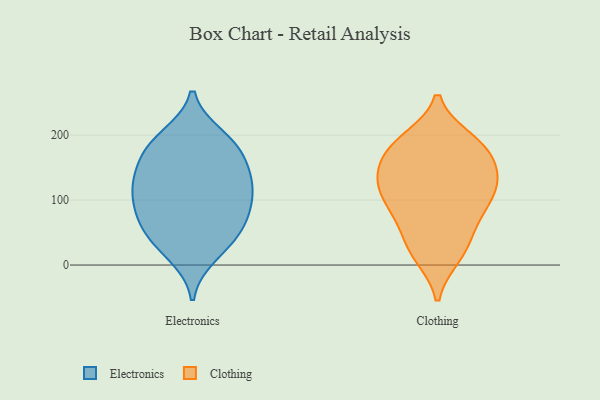
{"axis": {"x": "Page Views", "y": "Value"}, "legend": ["Clothing", "Electronics"], "data": [{"x": "", "y": 188, "type": "Electronics"}, {"x": "", "y": 115, "type": "Electronics"}, {"x": "", "y": 162, "type": "Electronics"}, {"x": "", "y": 32, "type": "Electronics"}, {"x": "", "y": 133, "type": "Electronics"}, {"x": "", "y": 15, "type": "Electronics"}, {"x": "", "y": 80, "type": "Electronics"}, {"x": "", "y": 71, "type": "Electronics"}, {"x": "", "y": 167, "type": "Electronics"}, {"x": "", "y": 43, "type": "Electronics"}, {"x": "", "y": 135, "type": "Electronics"}, {"x": "", "y": 113, "type": "Electronics"}, {"x": "", "y": 188, "type": "Electronics"}, {"x": "", "y": 83, "type": "Electronics"}, {"x": "", "y": 117, "type": "Electronics"}, {"x": "", "y": 198, "type": "Electronics"}, {"x": "", "y": 57, "type": "Electronics"}, {"x": "", "y": 173, "type": "Clothing"}, {"x": "", "y": 143, "type": "Clothing"}, {"x": "", "y": 67, "type": "Clothing"}, {"x": "", "y": 136, "type": "Clothing"}, {"x": "", "y": 193, "type": "Clothing"}, {"x": "", "y": 14, "type": "Clothing"}, {"x": "", "y": 186, "type": "Clothing"}, {"x": "", "y": 93, "type": "Clothing"}, {"x": "", "y": 96, "type": "Clothing"}, {"x": "", "y": 144, "type": "Clothing"}, {"x": "", "y": 133, "type": "Clothing"}, {"x": "", "y": 53, "type": "Clothing"}, {"x": "", "y": 130, "type": "Clothing"}, {"x": "", "y": 33, "type": "Clothing"}, {"x": "", "y": 185, "type": "Clothing"}, {"x": "", "y": 101, "type": "Clothing"}, {"x": "", "y": 184, "type": "Clothing"}, {"x": "", "y": 104, "type": "Clothing"}, {"x": "", "y": 15, "type": "Clothing"}]}